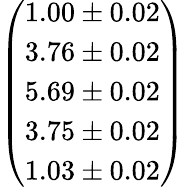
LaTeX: \left(\begin{array}{l}{1.00\pm 0.02}\\ {3.76\pm 0.02}\\ {5.69\pm 0.02}\\ {3.75\pm 0.02}\\ {1.03\pm 0.02}\end{array}\right)